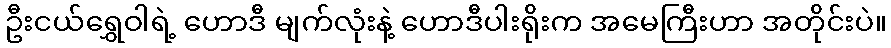
ဦးငယ်ရွှေဝါရဲ့ ဟောဒီ မျက်လုံးနဲ့ ဟောဒီပါးရိုးက အမေကြီးဟာ အတိုင်းပဲ။